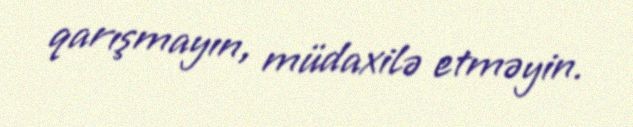
qarışmayın, müdaxilə etməyin.